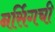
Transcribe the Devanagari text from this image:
नर्सिगची